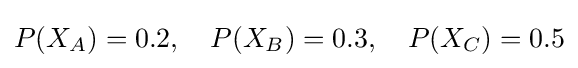
P(X_{A})=0.2,\quad P(X_{B})=0.3,\quad P(X_{C})=0.5